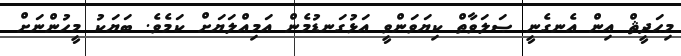
މިޙަދީޘް އިން އެނގެނީ ޞަލަވާތް ކިޔަވަންވީ އަޅުގަނޑުމެން އަމިއްލަޔަށް ކަމެވެ. ބަޔަކު މީހުންނަށް